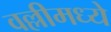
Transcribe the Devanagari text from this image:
वल्लीमध्ये